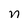
Character: n